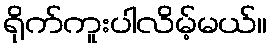
ရိုက်ကူးပါလိမ့်မယ်။